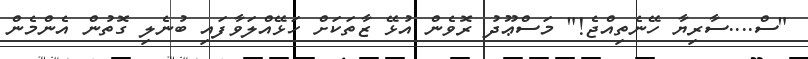
"ސް....ސާރިޔާ ހޭނެތިއްޖެ!" މަސްޢޫދު ރޮވެން އުޅޭ ޒާތަކަށް ހަޅޭއްލަވާފައި ބުނެލި ގޮތުން އެންމެން